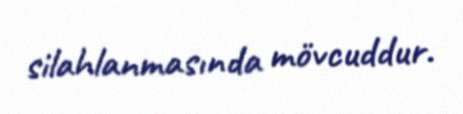
silahlanmasında mövcuddur.